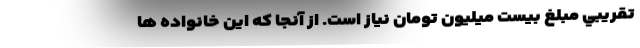
تقريبي مبلغ بیست میلیون تومان نیاز است. از آنجا که این خانواده ها